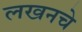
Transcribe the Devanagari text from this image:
लखनचे